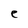
Character: e